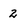
Character: 2